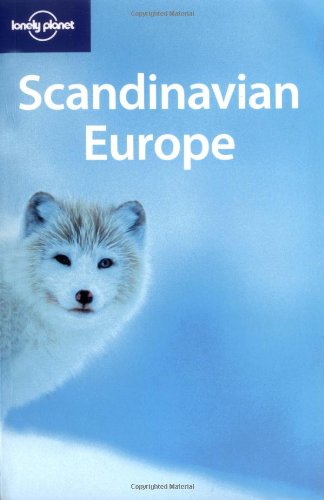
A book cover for Lonely Planet Scandinavian Europe (Multi Country Guide); Paul Harding; Travel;